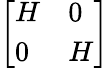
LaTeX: \left[\begin{array}{ll}{H}&{0}\\ {0}&{H}\end{array}\right]